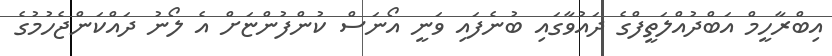
އިބްރާހީމް އަބްދުއްލަތީފްގެ ދައުވާގައި ބުނެފައި ވަނީ އޯނަސް ކުންފުންޏަށް އެ ލޯނު ދައްކަންޖެހުމުގެ